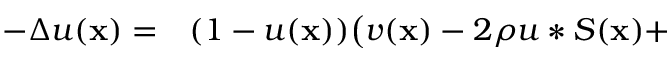
\begin{array} { r l } { - \Delta u ( \mathbf x ) = } & { ( 1 - u ( \mathbf x ) ) \big ( v ( \mathbf x ) - 2 \rho u \ast S ( \mathbf x ) + } \end{array}